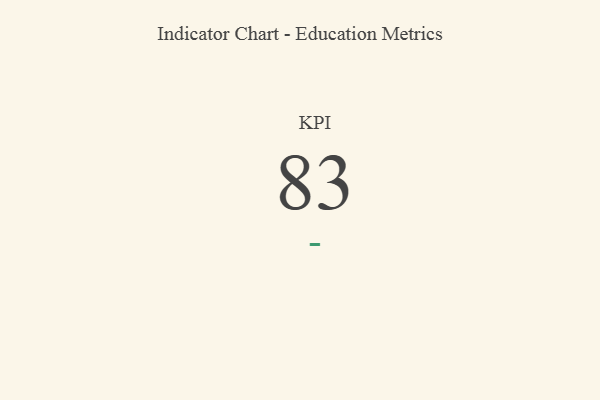
{"axis": {"x": "KPI", "y": "Value"}, "legend": [""], "data": [{"x": "KPI", "y": 83, "type": ""}]}